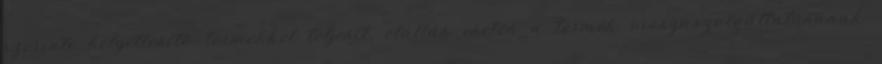
szerinti helyettesítő termékkel teljesít, elállás esetén a termék visszaszolgáltatásának